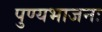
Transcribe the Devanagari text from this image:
पुण्यभाजनः